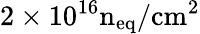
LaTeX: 2\times 10^{16}\mathrm{n}_{\mathrm{eq}}/\mathrm{cm}^{2}